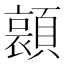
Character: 𮨛